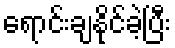
ရောင်းချနိုင်ခဲ့ပြီး